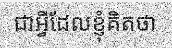
ជាអ្វីដែលខ្ញុំគិតថា